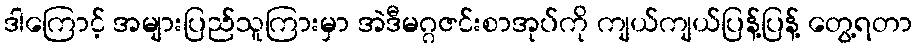
ဒါကြောင့် အများပြည်သူကြားမှာ အဲဒီမဂ္ဂဇင်းစာအုပ်ကို ကျယ်ကျယ်ပြန့်ပြန့် တွေ့ရတာ